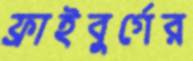
ফ্রাইবুর্গের